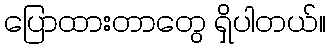
ပြောထားတာတွေ ရှိပါတယ်။